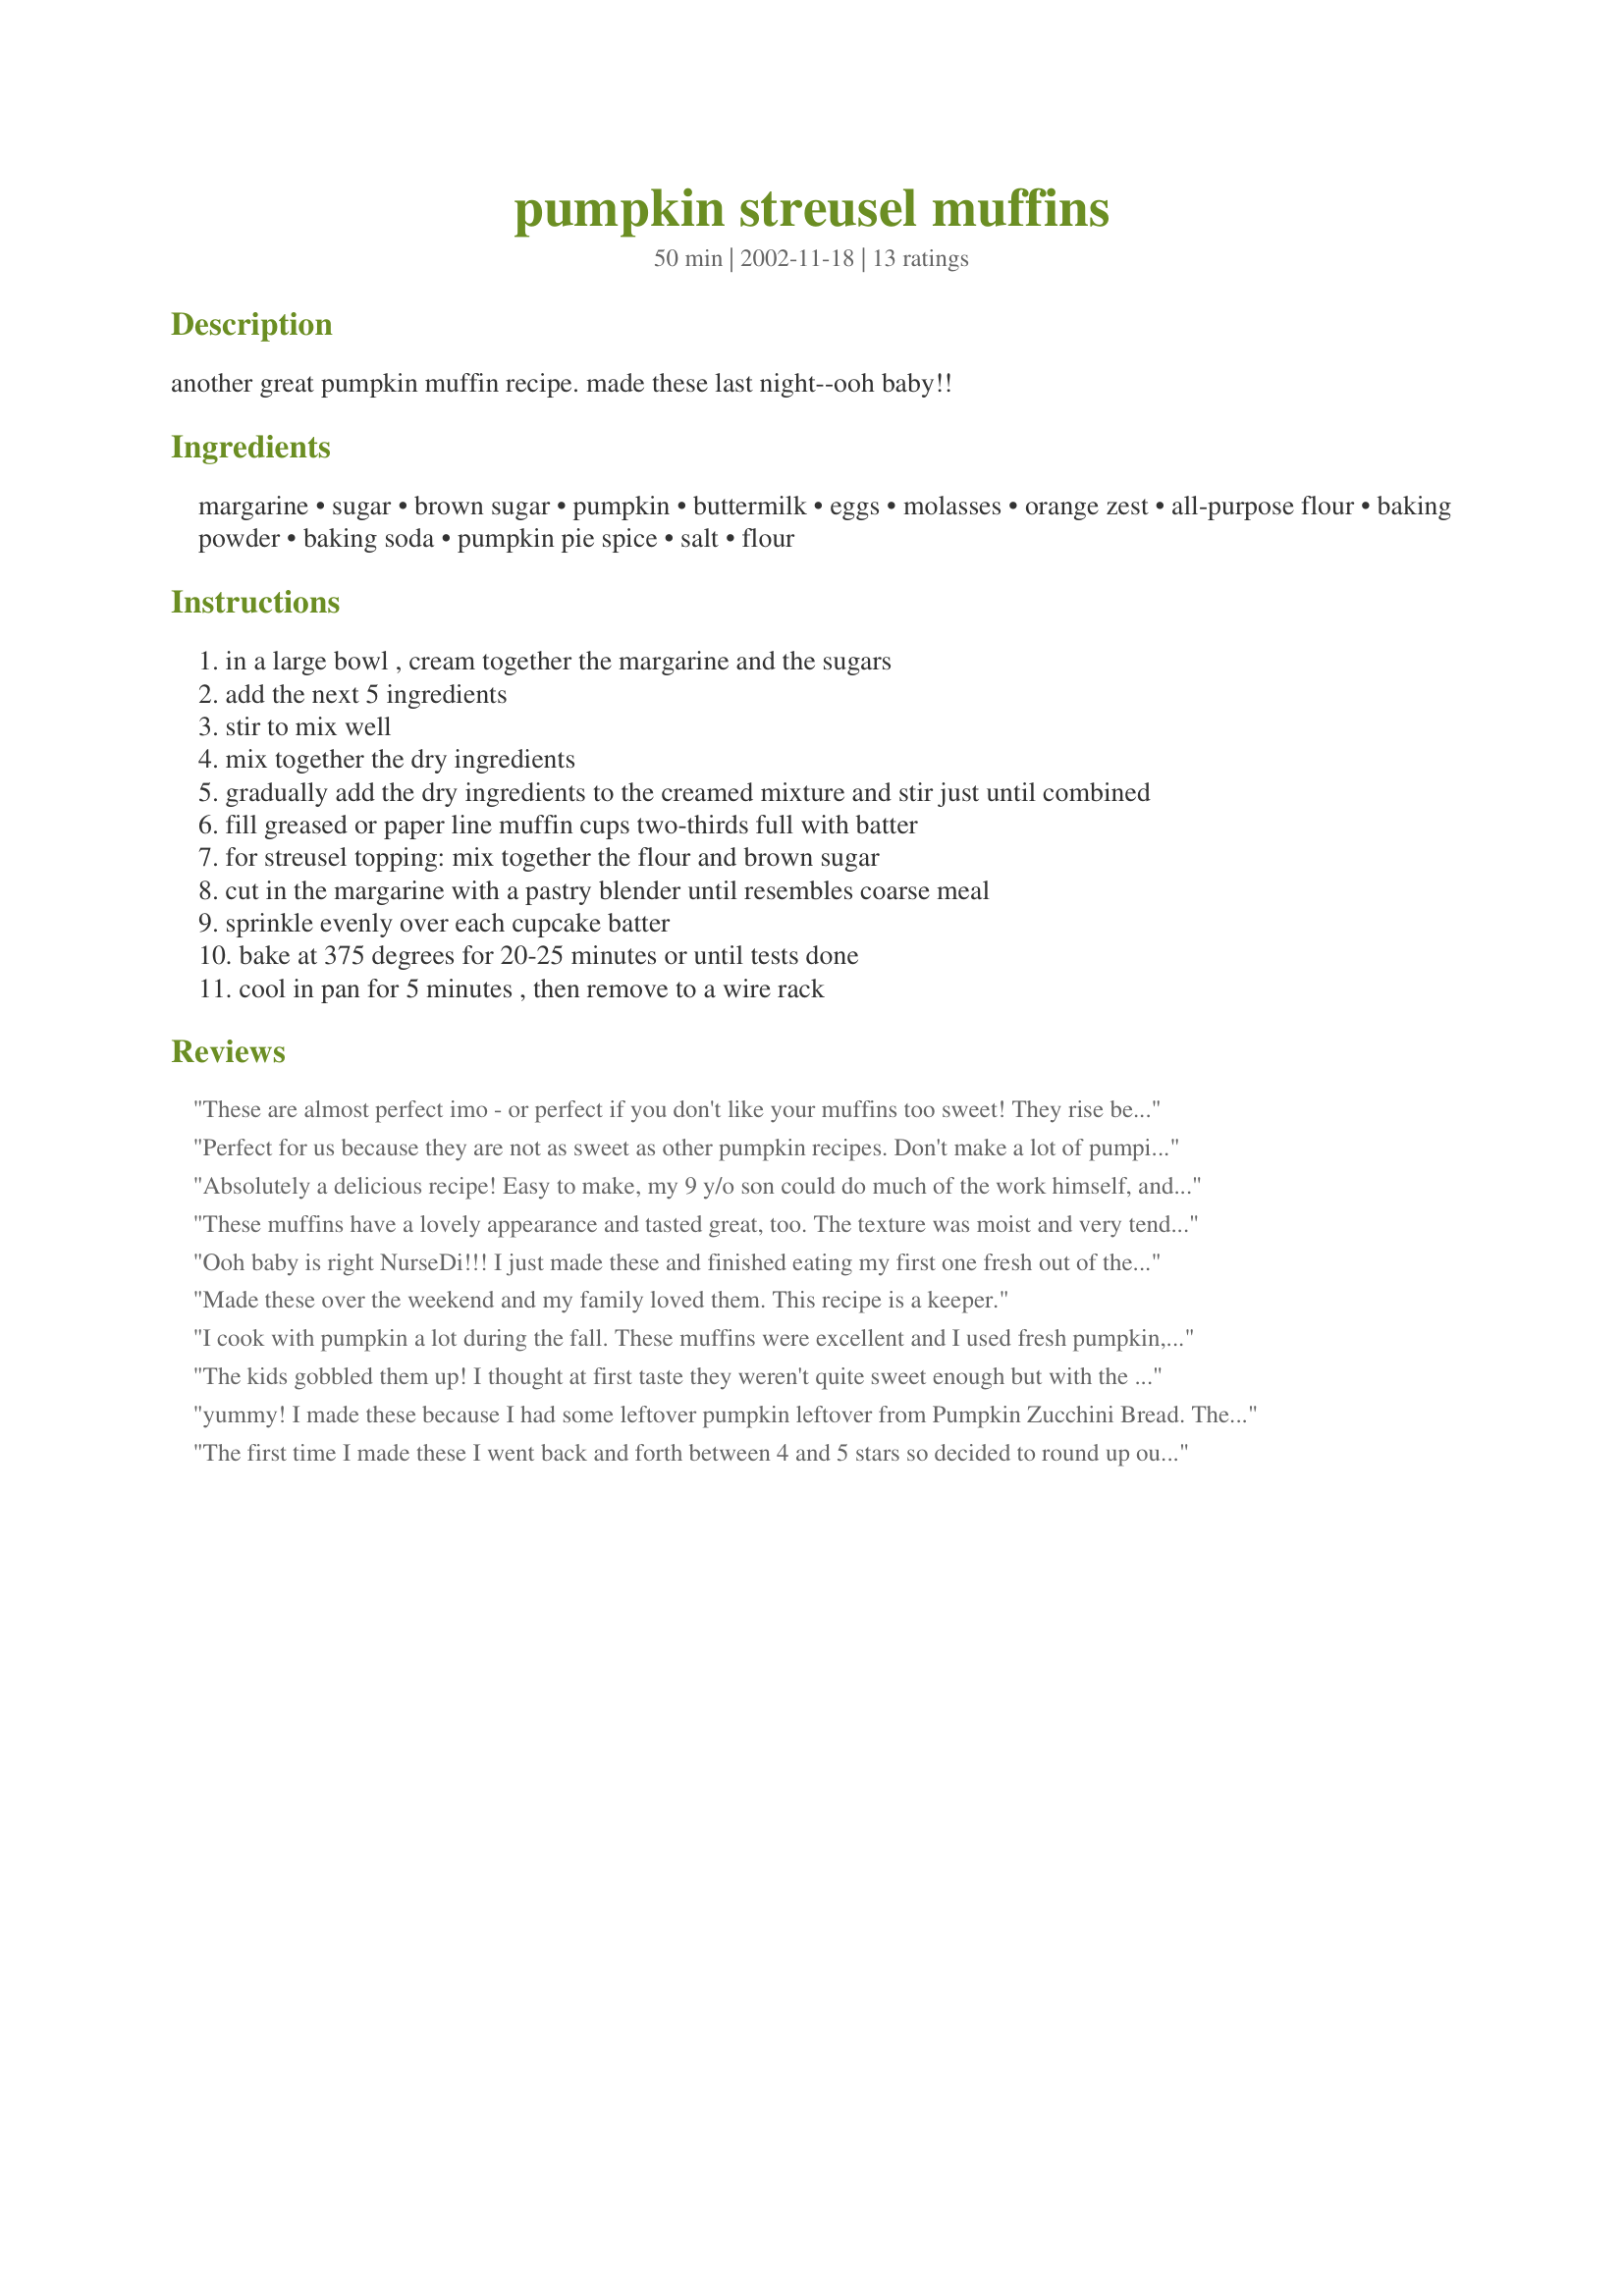
pumpkin streusel muffins
Preparation time: 50 minutes

another great pumpkin muffin recipe. made these last night--ooh baby!!

Ingredients:
margarine, sugar, brown sugar, pumpkin, buttermilk, eggs, molasses, orange zest, all-purpose flour, baking powder, baking soda, pumpkin pie spice, salt, flour

Steps:
in a large bowl , cream together the margarine and the sugars
add the next 5 ingredients
stir to mix well
mix together the dry ingredients
gradually add the dry ingredients to the creamed mixture and stir just until combined
fill greased or paper line muffin cups two-thirds full with batter
for streusel topping: mix together the flour and brown sugar
cut in the margarine with a pastry blender until resembles coarse meal
sprinkle evenly over each cupcake batter
bake at 375 degrees for 20-25 minutes or until tests done
cool in pan for 5 minutes , then remove to a wire rack

Reviews:
These are almost perfect imo - or perfect if you don't like your muffins too sweet! They rise beautifully, they look stunning, but they were not sweet enough for me and I couldn't taste the orange. Next time I'll use more sugar and double the orange.
Perfect for us because they are not as sweet as other pumpkin recipes. Don't make a lot of pumpin breads because they are usually too sweet and heavy so these fill the bill. Am also going to try substituting corn syrup for molasses and adding extra orange zest.
Absolutely a delicious recipe! Easy to make, my 9 y/o son could do much of the work himself, and all the muffins were gone by breakfast the next day! Highly enjoyed by a family with 3 hungry boys
These muffins have a lovely appearance and tasted great, too. The texture was moist and very tender. I liked the flavor the molasses gave. That was an unexpected wonderful suprise. The topping adds that little something extra. Good with a cup of coffee. Thanks.
Ooh baby is right NurseDi!!! I just made these and finished eating my first one fresh out of the oven, and I'm going in for another one after I finish this review!!! It is cloudy and cool here today and feels like fall is sneaking in, so these seemed like the perfect treat for a day like this. These are really delicious. They are moist and have just the right amount of sweetness. I have no doubt my DD and DH will love these too. They will make a great after school treat or a nice addition in her lunchbox tomorrow :-) If these last 2 days, it will be a miracle, ha ha. Thanks so much...this is a keeper for sure!
Made these over the weekend and my family loved them. This recipe is a keeper.
I cook with pumpkin a lot during the fall. These muffins were excellent and I used fresh pumpkin, making the flavor more intense. Soft and tender with a yummy streusel topping. Made a good after-school snack for the kids. Thanks.
The kids gobbled them up! I thought at first taste they weren't quite sweet enough but with the crumble topping it was really fine. I didn't have buttermilk so used lemon & milk and didn't have mollasses but they still turned out great! I added walnuts to the topping for the adults- extra yum! Kids loved them!
yummy! I made these because I had some leftover pumpkin leftover from <a href="/41782">Pumpkin Zucchini Bread</a>. These muffins taste amazing and freeze perfectly which makes them great for lunch boxes. Thanks for posting, I'll be making these again soon :)
The first time I made these I went back and forth between 4 and 5 stars so decided to round up out of uncertainty. Well, I made these again because it had been bothering me all weeks (culinary ethics, lol) and think in all honesty that I will have to revise my rating to 4 stars, although definitely a 4+. :o) They are nice and moist with high crowns and we will make them again. Thanks!
Ditto to all. VERY nice muffins.
I read all the reviews, so I thought these must be really good. After trying them, I was rather surprised at all the 5 star ratings. I bake a lot, and I love baking with pumpkin. I thought these were just ok, but not great. The only changes I made were that I used half whole wheat pastry flour, and I sprinkled a little cinnamon in the topping. I thought the pumpkin flavor was not strong enough, and I think these muffins lacked in overall spice flavor. I am not even sure I'd bother to make them again.
Delicious, rich pumpkin pie flavor! These muffins would be scrumptious served with other brunch items, or given as a gift.

Because I didn't have the exact ingredients, I made the following changes: used 2 eggs instead of substitute, used a combination of ginger, allspice and cinnamon instead of pumpkin pie spice, and used honey instead of molasses. The result was delicious! I plan to make these again soon.

Thanks Audrey, for a great treat!
